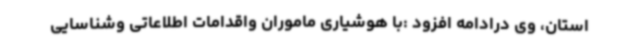
استان، وی درادامه افزود :با هوشیاری ماموران واقدامات اطلاعاتی وشناسایی